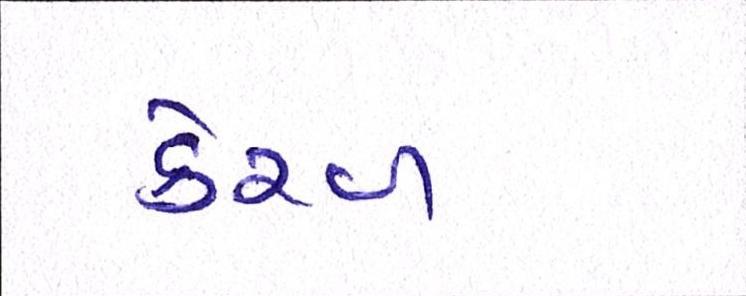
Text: કેરળ